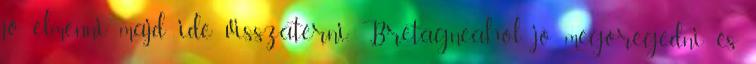
jó elmenni majd ide visszatérni. Bretagne,ahol jó megöregedni és